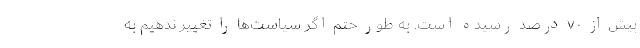
بیش از ۷۰ درصد رسیده است. به طور حتم اگر سیاست‌ها را تغییر ندهیم به